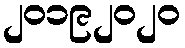
၂၀၁၉၂၀၂၀